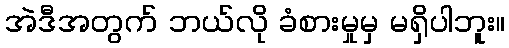
အဲဒီအတွက် ဘယ်လို ခံစားမှုမှ မရှိပါဘူး။